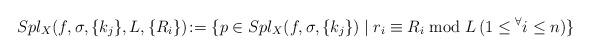
LaTeX: \begin{gather*}Spl_X(f,\sigma,\{k_j\},L,\{R_i\})\!:= \{ p\in Spl_X(f,\sigma,\{k_j\})\mid r_i\equiv R_i\bmod L \,(1\le{}^\forall i\le n) \}\end{gather*}